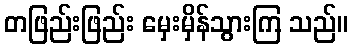
တဖြည်းဖြည်း မှေးမှိန်သွားကြ သည်။